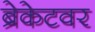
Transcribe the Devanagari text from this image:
ब्रेकेटवर